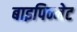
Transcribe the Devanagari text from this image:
बाइपिन्नेट